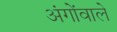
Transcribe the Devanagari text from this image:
अंगोंवाले